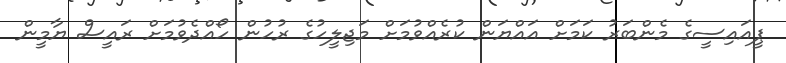
ޕީއައިސީގެ މެންބަރު ކަަމަށް އައްޔަން ކުރެއްވުމަށް މަޖިލީހުގެ ރުހުން ހޯއްދެވުމަށް ރައީސް ޔާމީން